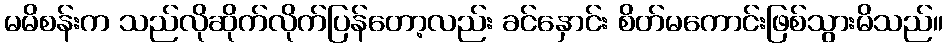
မမိစန်းက သည်လိုဆိုက်လိုက်ပြန်တော့လည်း ခင်နှောင်း စိတ်မကောင်းဖြစ်သွားမိသည်။